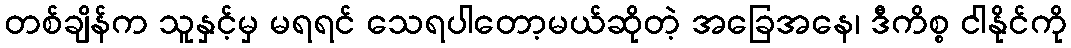
တစ်ချိန်က သူနှင့်မှ မရရင် သေရပါတော့မယ်ဆိုတဲ့ အခြေအနေ၊ ဒီကိစ္စ ငါနိုင်ကို